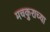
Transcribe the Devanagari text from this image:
मचकुराच्या